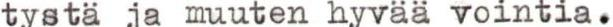
tystä ja muuten hyvää vointia.